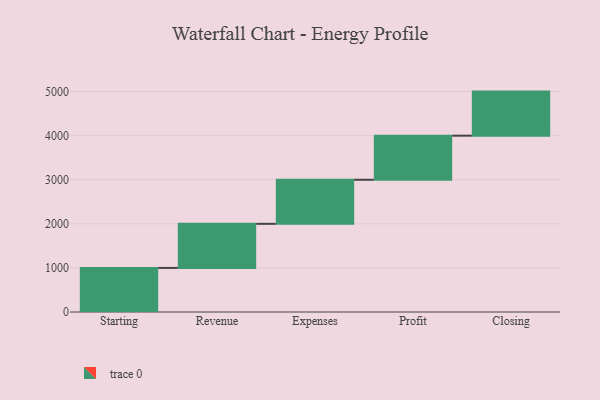
{"axis": {"x": "Step", "y": "Value"}, "legend": [""], "data": [{"x": "Starting", "y": 1000, "type": ""}, {"x": "Revenue", "y": 1000, "type": ""}, {"x": "Expenses", "y": 1000, "type": ""}, {"x": "Profit", "y": 1000, "type": ""}, {"x": "Closing", "y": 1000, "type": ""}]}